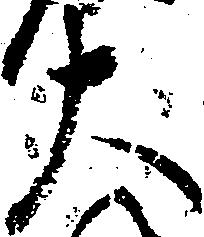
大